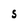
Character: S